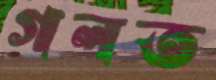
গলত